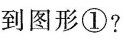
到图形①?